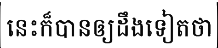
នេះក៏បានឲ្យដឹងទៀតថា